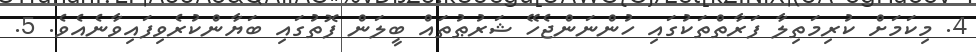
4. މިކަމަށް ކުރިމަތިލާ ފަރާތްތަކުގައި ހުންނަންޖެހޭ ޝަރުޠުތައް ބީލަން ފޮތުގައި ބަޔާންކުރެވިފައިވާނެއެވެ. 5.